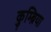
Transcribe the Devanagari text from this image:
कुम्ब्रिया